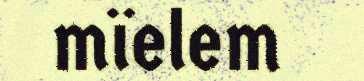
mïelem